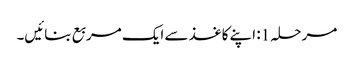
مرحلہ 1: اپنے کاغذ سے ایک مربع بنائیں۔